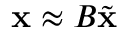
\begin{array} { r } { \mathbf { x } \approx B \tilde { \mathbf { x } } } \end{array}